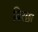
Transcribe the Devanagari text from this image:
बिरछा